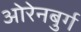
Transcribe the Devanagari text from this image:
ओरेनबुर्ग